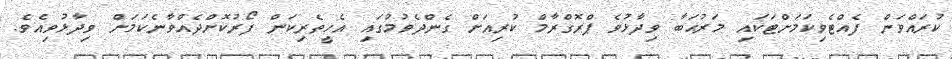
ކުރައްވަން ފެއްޓެވިކަމަށްޓަކައި މަރުޙަބާ ވިދާޅުވެ ޕްރޮގްރާމް ކުރިއަށް ގެންދެވުމުގައި އެހީތެރިކަން ފޯރުކޮށްދެއްވާނެކަމަށް ވިދާޅުވިއެވެ.